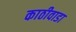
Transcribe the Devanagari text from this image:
काठीवाडा